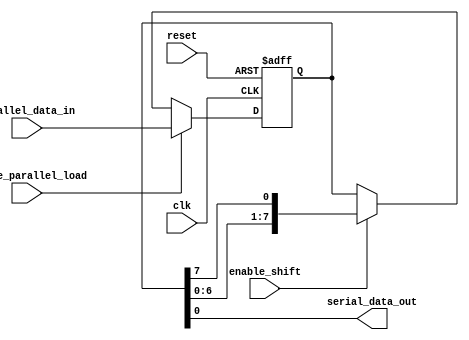
module ParallelInSerialOut(
    input wire clk,
    input wire reset,
    input wire enable_parallel_load,
    input wire enable_shift,
    input wire [7:0] parallel_data_in,
    output reg serial_data_out
);

reg [7:0] register_data;

always @(posedge clk or posedge reset) begin
    if (reset)
        register_data <= 8'h00;
    else if (enable_parallel_load)
        register_data <= parallel_data_in;
    else if (enable_shift)
        register_data <= {register_data[6:0], register_data[7]};
end

assign serial_data_out = register_data[0];

endmodule